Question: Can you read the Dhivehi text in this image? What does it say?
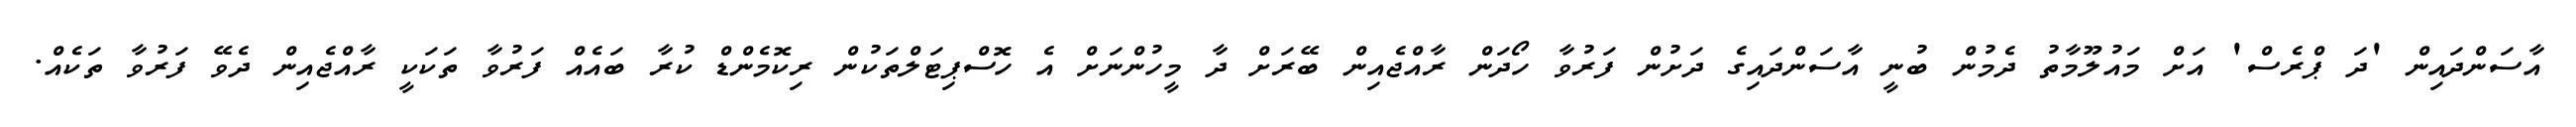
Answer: އާސަންދައިން 'ދަ ޕްރެސް' އަށް މައުލޫމާތު ދެމުން ބުނީ އާސަންދައިގެ ދަށުން ފަރުވާ ހޯދަން ރާއްޖެއިން ބޭރަށް ދާ މީހުންނަށް އެ ހޮސްޕިޓަލްތަކުން ރިކޮމެންޑް ކުރާ ބައެއް ފަރުވާ ތަކަކީ ރާއްޖެއިން ދެވޭ ފަރުވާ ތަކެއް.